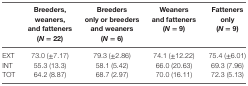
<table><thead><tr><td></td><td><b>Breeders, weaners, and fatteners (<i>N</i> = 22)</b></td><td><b>Breeders only or breeders and weaners (<i>N</i> = 6)</b></td><td><b>Weaners and fatteners (<i>N</i> = 9)</b></td><td><b>Fatteners only (<i>N</i> = 9)</b></td></tr></thead><tbody><tr><td>EXT</td><td>73.0 (±7.17)</td><td>79.3 (±2.86)</td><td>74.1 (±12.22)</td><td>75.4 (±6.01)</td></tr><tr><td>INT</td><td>55.3 (13.3)</td><td>58.1 (5.42)</td><td>66.0 (20.63)</td><td>69.3 (7.96)</td></tr><tr><td>TOT</td><td>64.2 (8.87)</td><td>68.7 (2.97)</td><td>70.0 (16.11)</td><td>72.3 (5.13)</td></tr></tbody></table>